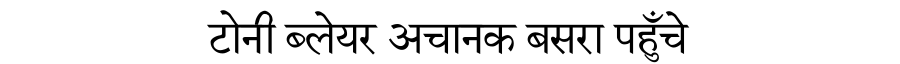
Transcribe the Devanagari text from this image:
टोनी ब्लेयर अचानक बसरा पहुँचे